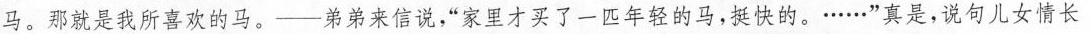
马。那就是我所喜欢的马。——弟弟来信说，“家里才买了一匹年轻的马，挺快的……”真是，说句儿女情长